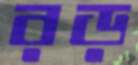
রড়